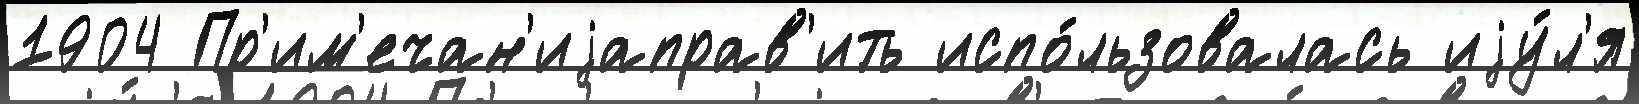
1904 Пр'им'ечан'иjаправ'ить испо́льзовалась иjу́л'я